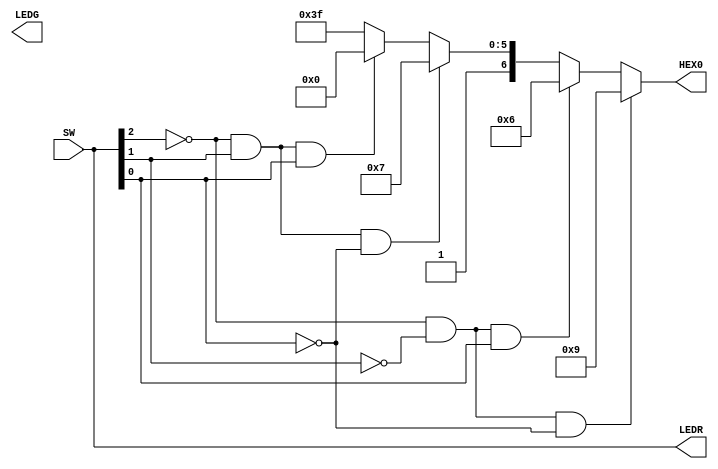
//This program displays the 3 bit value of SW[2:0] onto HEX0
module Lab14 (SW, LEDR, LEDG, HEX0);
input [17:0]SW;
output [17:0]LEDR;
output [7:0]LEDG;
output [6:0]HEX0;
assign LEDR = SW;

//                        if true      do  :  else
//assign LEDG[7:0] = (SW[17] == 0)?SW[7:0]:SW[15:8] ;

assign HEX0 = (SW[2] == 0  && SW[1] == 0 && SW[0] == 0)?7'b0001001:  // H
				  (SW[2] == 0  && SW[1] == 0 && SW[0] == 1)?7'b0000110:  // E
				  (SW[2] == 0  && SW[1] == 1 && SW[0] == 0)?7'b1000111:  // L
				  (SW[2] == 0  && SW[1] == 1 && SW[0] == 1)?7'b1000000: // O
				   7'b1111111; 	
endmodule